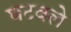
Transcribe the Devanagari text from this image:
घटवले